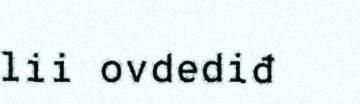
lii ovdediđ